system: You are a helpful assistant.
user:
Analyze the provided spectrum to determine if it is a **Carbon Star (C-type)**.

- **Key Visual Indicators of Carbon Star:**
    - **(Primary):** Strong molecular absorption from **C₂ (diatomic carbon) "Swan Bands."** This is the **defining feature** of a carbon star.
        - **(Key Bandheads):** Sharp absorption edges are visible at approximately $5635$ Å, $5165$ Å (the strongest band), and $4737$ Å.
        - **(Line Profile):** Creates a distinct **"saw-tooth"** pattern. The key morphology is a sharp, steep bandhead on the **red (long-wavelength) side**, which then gradually tapers off (i.e., flux recovers) towards the **blue (short-wavelength) side**. *(This is the direct opposite of the TiO bands seen in M-type stars)*.

    - **(Secondary):** Intense **CN (cyanogen)** molecular absorption bands.
        - **(Key Bandheads):** Located in the blue and violet regions of the spectrum (e.g., near $4215$ Å and $3883$ Å).
        - **(Morphology):** These bands are extremely broad and act as a "blanket," absorbing the vast majority of blue and violet light. This creates a characteristic **"cliff"** or **"steep drop-off"** in the spectrum's flux at short wavelengths.

    - **(Key Confirmation):** Strong **CH absorption band (G-band)**.
        - **(Key Bandhead):** Located around $4300$ Å. The contribution from CH molecules to this band is exceptionally strong.

    - **(Overall Spectrum):**
        - The continuum is severely "chopped up" by these deep molecular bands, especially C₂, rather than appearing as a smooth curve.
        - Due to the heavy CN and C₂ absorption in the blue-green, the vast majority of the star's flux is concentrated in the red part of the spectrum, giving the star its characteristic deep red color.

Think first, call **spectral_visualization_tool** if needed to examine features in detail, then provide your final answer. Your response must adhere to the following strict rules:
1.  **Overall Structure:** Your response must follow the format `<think>...</think> <tool_call>...</tool_call> (if a tool is used) <answer>...</answer>`.
2.  **Tool Usage Constraint:** You may only make **one** tool call per turn.
3.  **Final Answer Format:** In the `<answer>` tag, your conclusion must be inside a `\boxed{}` command (e.g., `\boxed{YES}`), followed by your justification.

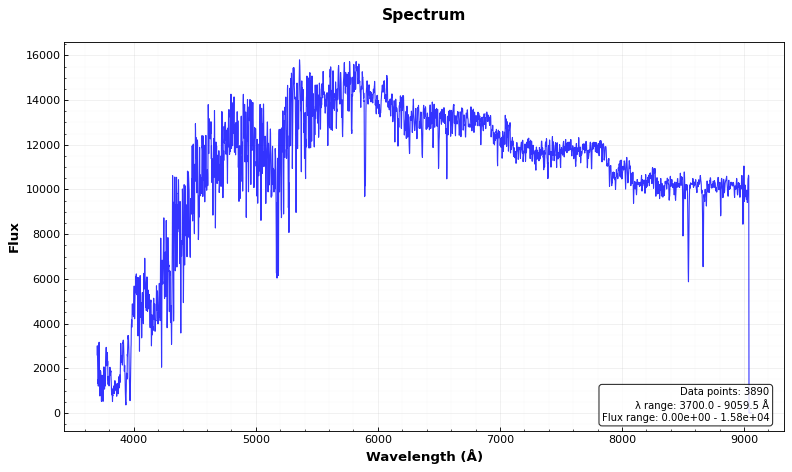
Answer: NO